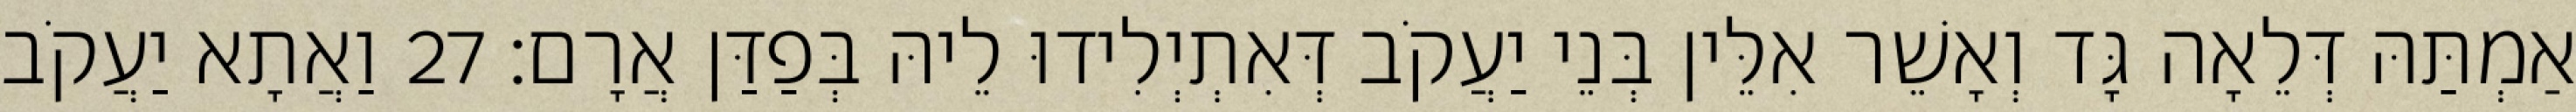
אַמְתַּהּ דְּלֵאָה גָּד וְאָשֵׁר אִלֵּין בְּנֵי יַעֲקֹב דְּאִתְיְלִידוּ לֵיהּ בְּפַדַּן אֲרָם׃ 27 וַאֲתָא יַעֲקֹב